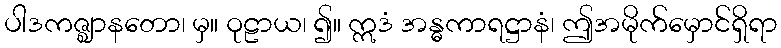
ပါဒကဇ္ဈာနတော၊ မှ။ ဝုဠာယ၊ ၍။ ဣဒံ အန္ဓကာရဋ္ဌာနံ၊ ဤအမိုက်မှောင်ရှိရာ